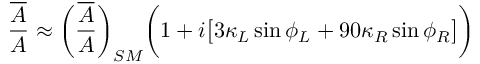
{ \frac { \overline { { { A } } } } { A } } \approx \biggl ( { \frac { \overline { { { A } } } } { A } } \biggr ) _ { S M } \biggl ( 1 + i \bigl [ 3 \kappa _ { L } \sin \phi _ { L } + 9 0 \kappa _ { R } \sin \phi _ { R } \bigr ] \biggr )